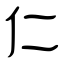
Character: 仁